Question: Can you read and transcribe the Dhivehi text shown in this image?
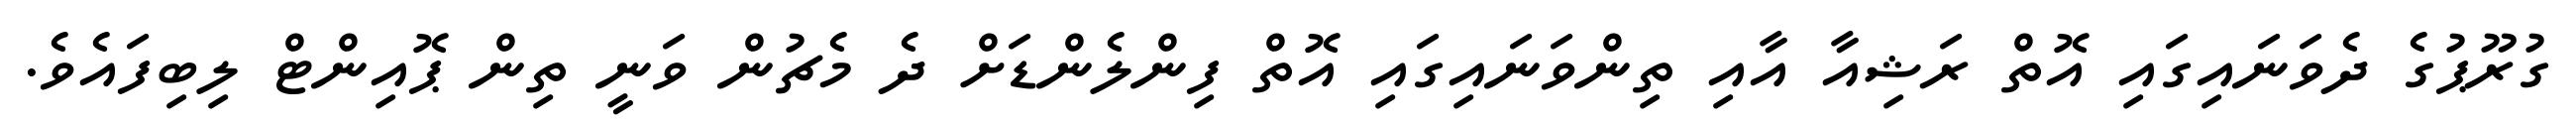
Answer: ގުރޫޕުގެ ދެވަނައިގައި އޮތް ރަޝިއާ އާއި ތިންވަނައިގައި އޮތް ފިންލެންޑަށް ދެ މެޗުން ވަނީ ތިން ޕޮއިންޓް ލިބިފައެވެ.